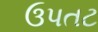
ઉપતટ